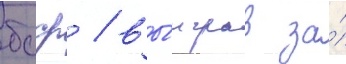
бсср / вы́играв за́